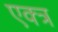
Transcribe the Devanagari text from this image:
एक्त्र